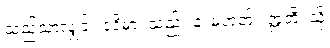
သည်သာလျှင်။ ဒုဝိဓာ၊ သည်။ န၊ မဟုတ်။ ဣတိ၊ သို့